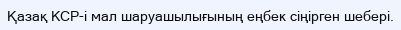
Қазақ КСР-і мал шаруашылығының еңбек сіңірген шебері.